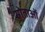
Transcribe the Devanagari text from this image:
स्रोताओं